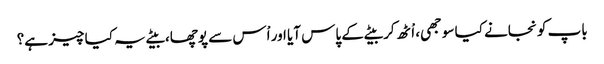
باپ کو نجانے کیا سوجھی، اْٹھ کر بیٹے کے پاس آیا اور اْس سے پوچھا، بیٹے یہ کیا چیز ہے؟